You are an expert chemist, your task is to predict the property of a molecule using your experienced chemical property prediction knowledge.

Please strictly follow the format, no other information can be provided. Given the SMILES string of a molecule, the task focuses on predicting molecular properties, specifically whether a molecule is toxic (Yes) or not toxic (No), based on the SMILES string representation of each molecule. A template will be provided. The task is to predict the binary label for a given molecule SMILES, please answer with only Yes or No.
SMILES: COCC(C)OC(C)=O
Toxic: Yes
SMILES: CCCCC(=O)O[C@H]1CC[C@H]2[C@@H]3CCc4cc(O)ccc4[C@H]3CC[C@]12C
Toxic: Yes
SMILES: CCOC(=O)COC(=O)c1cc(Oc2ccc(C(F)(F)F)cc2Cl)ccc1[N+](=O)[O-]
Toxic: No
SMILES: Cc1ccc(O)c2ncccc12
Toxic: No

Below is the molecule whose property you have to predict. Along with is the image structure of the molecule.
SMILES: CCNCC
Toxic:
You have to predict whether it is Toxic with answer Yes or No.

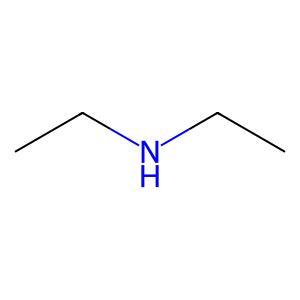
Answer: No